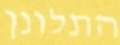
התלונן